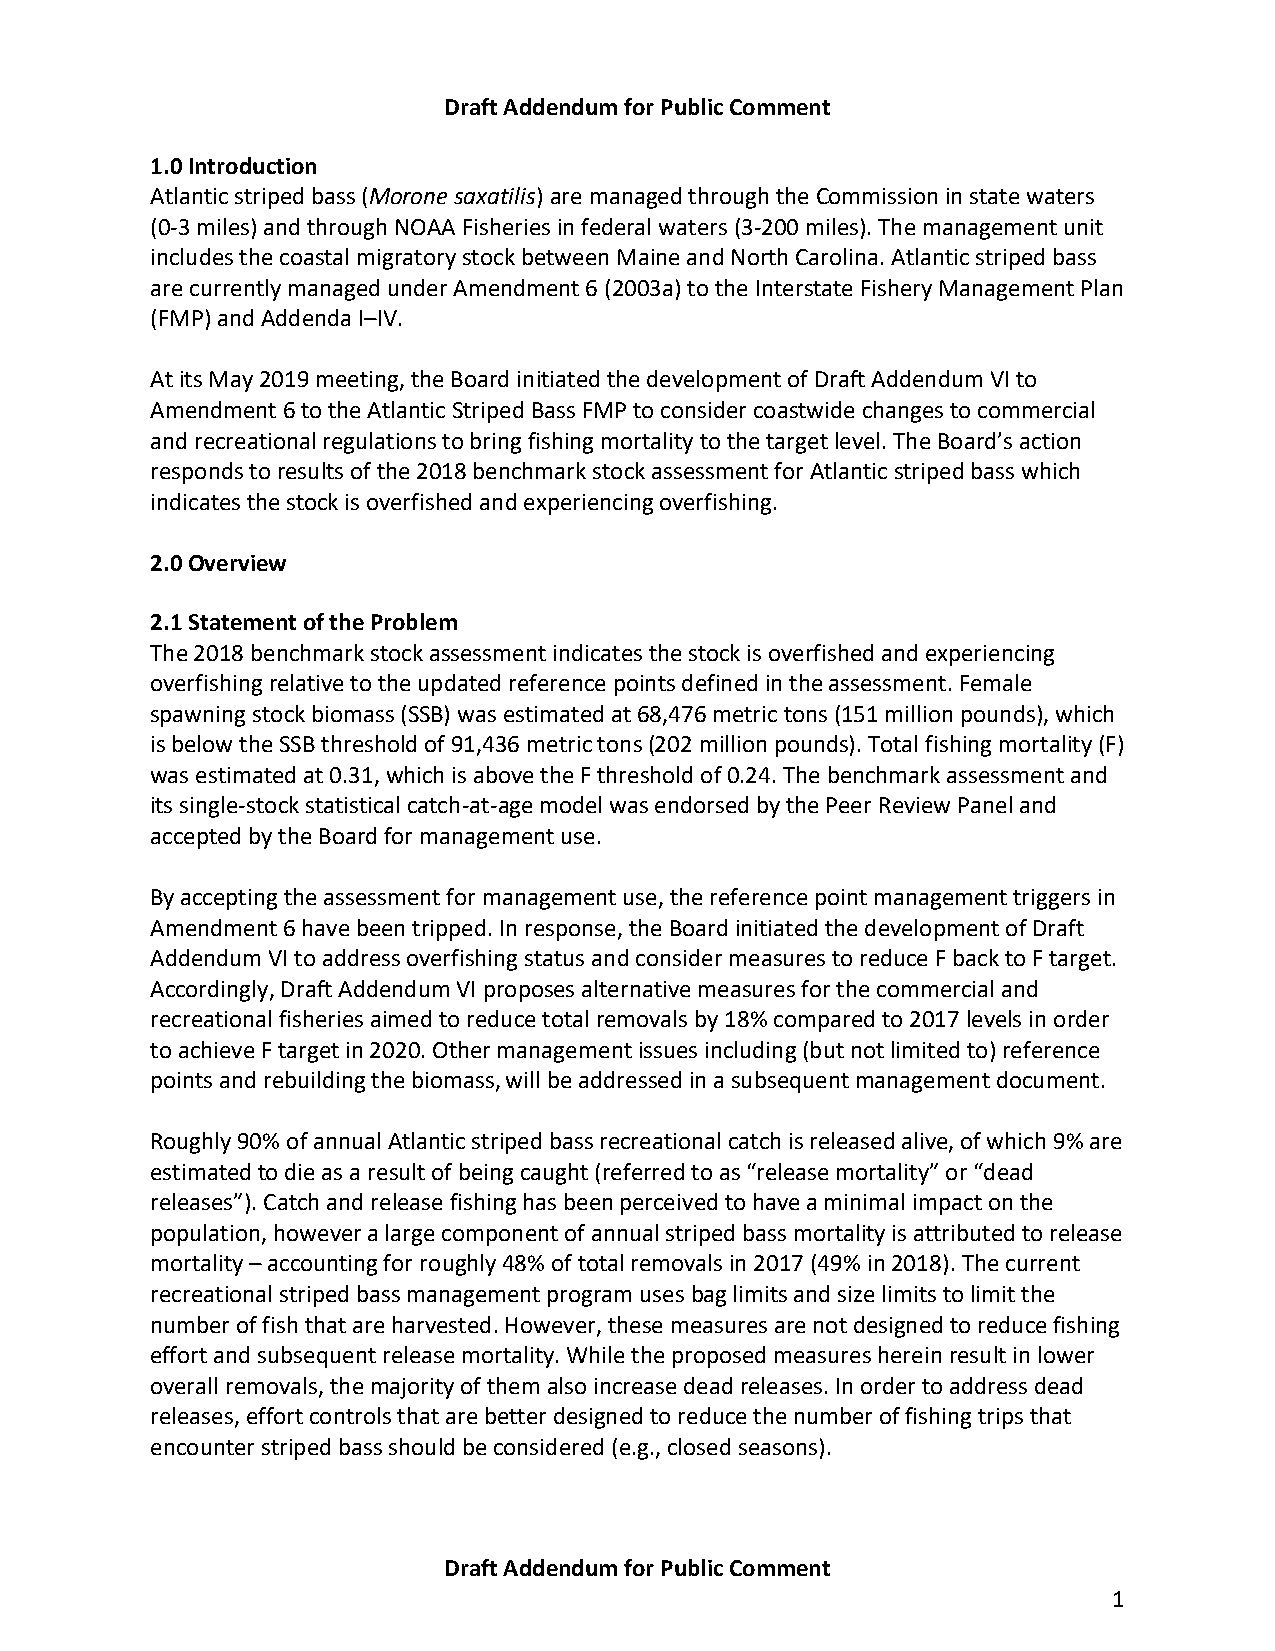
Draft Addendum for Public Comment
 1.0 Introduction
 Atlantic striped bass (Morone saxatilis) are managed through the Commission in state waters
 (0-3 miles) and through NOAA Fisheries in federal waters (3-200 miles). The management unit
 includes the coastal migratory stock between Maine and North Carolina. Atlantic striped bass
 are currently managed under Amendment 6 (2003a) to the Interstate Fishery Management Plan
 (FMP) and Addenda I–IV.
 At its May 2019 meeting, the Board initiated the development of Draft Addendum VI to
 Amendment 6 to the Atlantic Striped Bass FMP to consider coastwide changes to commercial
 and recreational regulations to bring fishing mortality to the target level. The Board’s action
 responds to results of the 2018 benchmark stock assessment for Atlantic striped bass which
 indicates the stock is overfished and experiencing overfishing.
 2.0 Overview
 2.1 Statement of the Problem
 The 2018 benchmark stock assessment indicates the stock is overfished and experiencing
 overfishing relative to the updated reference points defined in the assessment. Female
 spawning stock biomass (SSB) was estimated at 68,476 metric tons (151 million pounds), which
 is below the SSB threshold of 91,436 metric tons (202 million pounds). Total fishing mortality (F)
 was estimated at 0.31, which is above the F threshold of 0.24. The benchmark assessment and
 its single-stock statistical catch-at-age model was endorsed by the Peer Review Panel and
 accepted by the Board for management use.
 By accepting the assessment for management use, the reference point management triggers in
 Amendment 6 have been tripped. In response, the Board initiated the development of Draft
 Addendum VI to address overfishing status and consider measures to reduce F back to F target.
 Accordingly, Draft Addendum VI proposes alternative measures for the commercial and
 recreational fisheries aimed to reduce total removals by 18% compared to 2017 levels in order
 to achieve F target in 2020. Other management issues including (but not limited to) reference
 points and rebuilding the biomass, will be addressed in a subsequent management document.
 Roughly 90% of annual Atlantic striped bass recreational catch is released alive, of which 9% are
 estimated to die as a result of being caught (referred to as “release mortality” or “dead
 releases”). Catch and release fishing has been perceived to have a minimal impact on the
 population, however a large component of annual striped bass mortality is attributed to release
 mortality – accounting for roughly 48% of total removals in 2017 (49% in 2018). The current
 recreational striped bass management program uses bag limits and size limits to limit the
 number of fish that are harvested. However, these measures are not designed to reduce fishing
 effort and subsequent release mortality. While the proposed measures herein result in lower
 overall removals, the majority of them also increase dead releases. In order to address dead
 releases, effort controls that are better designed to reduce the number of fishing trips that
 encounter striped bass should be considered (e.g., closed seasons).
 Draft Addendum for Public Comment
 1